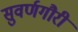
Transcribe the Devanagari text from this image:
सुवर्णगौरी